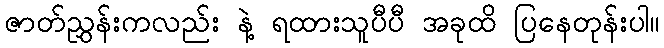
ဇာတ်ညွှန်းကလည်း နဲ့ ရထားသူပီပီ အခုထိ ပြနေတုန်းပါ။